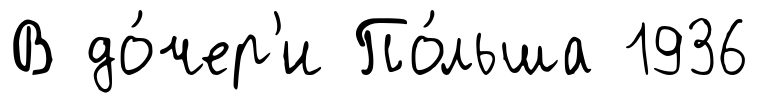
В до́чер'и По́льша 1936